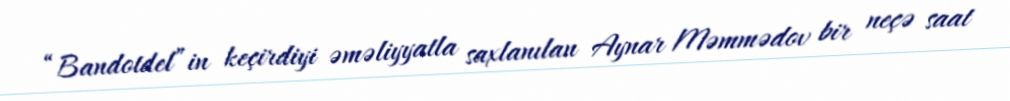
“Bandotdel”in keçirdiyi əməliyyatla saxlanılan Aynar Məmmədov bir neçə saat